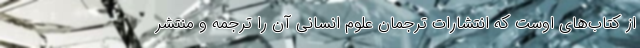
از کتاب‌های اوست که انتشارات ترجمان علوم انسانی آن را ترجمه و منتشر